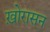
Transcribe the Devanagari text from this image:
ख़ोरासन